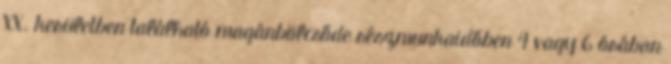
XX. kerületben található magánbölcsőde részmunkaidőben 4 vagy 6 órában